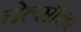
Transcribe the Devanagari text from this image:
चेल्सीला